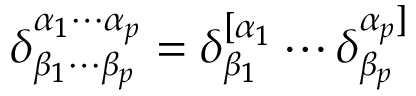
\delta _ { \beta _ { 1 } \cdots \beta _ { p } } ^ { \alpha _ { 1 } \cdots \alpha _ { p } } = \delta _ { \beta _ { 1 } } ^ { [ \alpha _ { 1 } } \cdots \delta _ { \beta _ { p } } ^ { \alpha _ { p } ] }